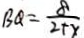
B Q = \frac { 8 } { 2 + x }